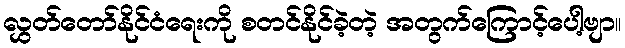
လွှတ်တော်နိုင်ငံရေးကို စတင်နိုင်ခဲ့တဲ့ အတွက်ကြောင့်ပေါ့ဗျာ။